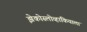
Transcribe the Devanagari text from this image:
झेकोस्लोव्हाकियाला